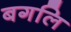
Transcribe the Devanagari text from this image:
बगलि